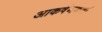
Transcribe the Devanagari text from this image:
आकर्षणकर्ता